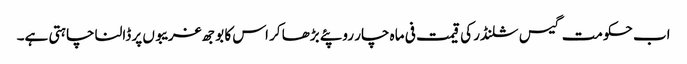
اب حکومت گیس سلنڈر کی قیمت فی ماہ چار روپئے بڑھا کر اس کا بوجھ غریبوں پر ڈالنا چاہتی ہے۔